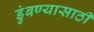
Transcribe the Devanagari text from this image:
डुंबण्यासाठी